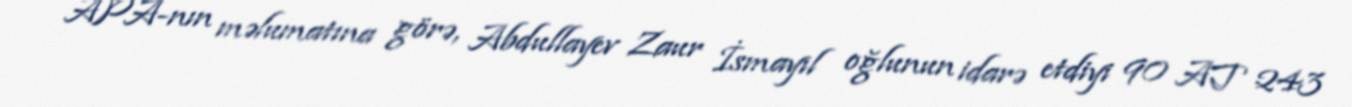
APA-nın məlumatına görə, Abdullayev Zaur İsmayıl oğlunun idarə etdiyi 90 AT 243